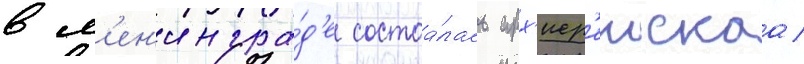
в л'ен'ингра́д'е состоа́лась арх'иер'еискаа